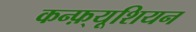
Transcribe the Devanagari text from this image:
कन्फ़्यूशियन